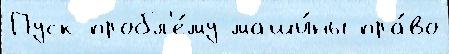
Пуск пробл'е́му маши́ны пра́во